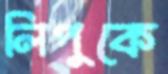
লিপুকে